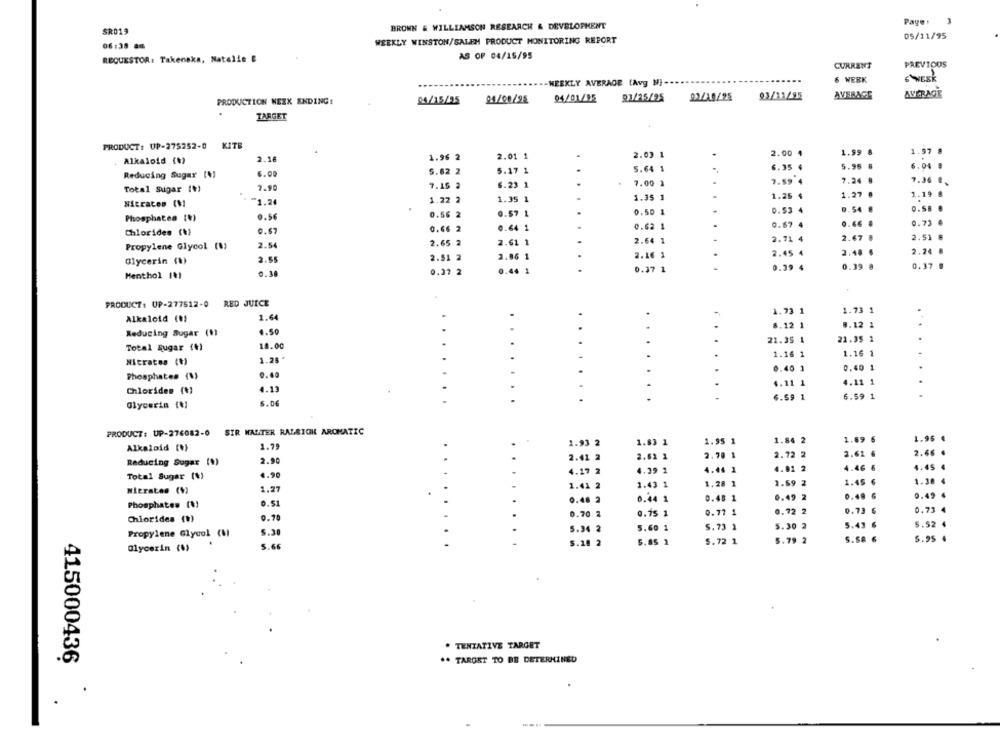
Page :
SR019
BROWN & WILLIAMSON RESEARCH & DEVELOPMENT
05/11/95
06:35 86
WEEKLY WINSTON/SALEM PRODUCT MONITORING REPORT
REQUESTOR: Takenaka, Natalie &
AS OF 04/15/95
CURRENT
PREVIOUS
WEEKLY AVERAGE (Avg MI ...
6 WERK
WEEK
21/25/25
93/11/95
AVERAGE
AVERAGE
PRODUCTION NEXX ENDING:
04/15/25
M/06/22
04/01/95
TARGET
PRODUCT: UP-275252-0 KITB
1.99
1.97 #
2.16
1.96 2
2.01 1
2.03 1
.
2.00 4
Alkaloid (V)
6.35 4
5.95
R
6,04 @
6.00
5.62 2
5.17 1
5.64 1
Reducing Sugar (4)
7-59 4
7.24
7.36 0
7.90
7.15 2
6.23 1
7.00 1
Total Sugar (+)
1.25 4
1.27
1.19 &
Nitrates (V)
1.74
1.22 2
1.35 1
1.35 1
0.50 1
0.53 4
D.SA
0.5. #
Phosphates (?)
0.56
0.56 2
0.57 1
..
.64
1
0.62
1
0.67 4
0.73
Chlorides (%)
0.67
0.66 2
2.65
1
2.64
1
.
2.71 4
2.67
2.51 8
Propylene Glycol (1)
2.54
2.51
1
2.16 1
2.45
4
2.40
2.24
Glycerin (1)
2.55
0.37 2
1.44
1
0.37 1
0.39 4
0.39
0.37
Menthol (1)
0.38
PRODUCT: UP-277512-0 RED JUICE
1.73 1
1.73 1
Alkaloid (1)
1.64
4.50
8.12 1
1.12 1
...
Reducing Sugar (1)
21.35 1
18.00
21.35 1
Total Sugar (+)
1.16 1
1.16 1
1.28'
4
Nitrates (+)
0.40 1
0.40 1
.
Phosphates (%)
9.60
4.11
4.11 1
Chlorides (+)
4.13
.
6.59 1
6.59 1
Glycerin (4]
6.0€
PRODUCT: UP-276082-0 SIR WALTER RALEIGH AROMATIC
1.96
1.93
1.63 1
1.95
1.84 2
1.8
Alkaloid (+)
1.79
2.66
2.41 2
2.62 1
2.70 1
2.72 2
Reducing Sugar (V)
2.90
1.45
4.17 2
4.39 1
.44
1
Total Sugar (%)
4.90
1.59
1.38 4
1.27
1.41 2
1.43 1
1.28
Wierates (1)
0.45 1
0.49 2
0.49 4
0.5
0.46 2
0.44 1
Phosphates (1)
0.77 1
0.72 2
0.73
0.73 4
Chlorides (V)
0.70
0.70 2
0.75 1
5.60
5. 73 1
5.30
5.52
Propylene Glycol (MI
5.30
6.18
5.85 1
5.72 1
5.79 2
5.95
Glycerin (%)
5.66
. TENTATIVE TARGET
** TARGET TO BE DETERMINED
415000436